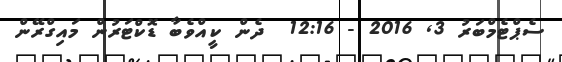
ސެޕްޓެމްބަރު 3